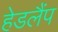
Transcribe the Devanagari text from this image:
हेडलैंप